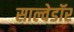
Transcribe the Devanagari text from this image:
साल्वेडॉर